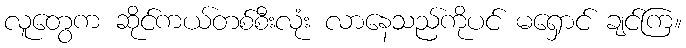
လူတွေက ဆိုင်ကယ်တစ်စီးလုံး လာနေသည်ကိုပင် မရှောင် ချင်ကြ။